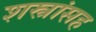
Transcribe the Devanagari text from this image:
शस्त्रांसह